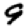
Digit: 9